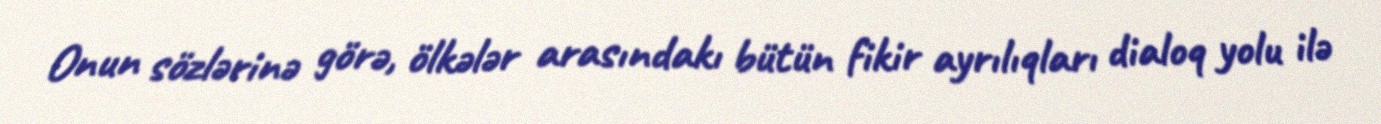
Onun sözlərinə görə, ölkələr arasındakı bütün fikir ayrılıqları dialoq yolu ilə